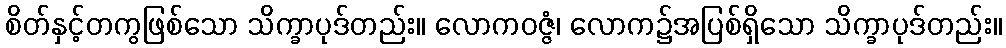
စိတ်နှင့်တကွဖြစ်သော သိက္ခာပုဒ်တည်း။ လောကဝဇ္ဇံ၊ လောက၌အပြစ်ရှိသော သိက္ခာပုဒ်တည်း။